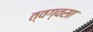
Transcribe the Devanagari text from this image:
त्वग्‌वसा